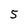
Character: 5